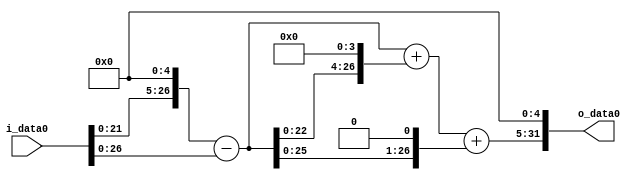
module multiplier_block (
    i_data0,
    o_data0
);

  // Port mode declarations:
  input   [31:0] i_data0;
  output  [31:0]
    o_data0;

  //Multipliers:

  wire [31:0]
    w1,
    w32,
    w31,
    w496,
    w527,
    w62,
    w589,
    w18848;

  assign w1 = i_data0;
  assign w18848 = w589 << 5;
  assign w31 = w32 - w1;
  assign w32 = w1 << 5;
  assign w496 = w31 << 4;
  assign w527 = w31 + w496;
  assign w589 = w527 + w62;
  assign w62 = w31 << 1;

  assign o_data0 = w18848;

  //multiplier_block area estimate = 4680.24485393235;
endmodule